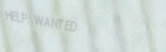
HELP WANTED